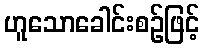
ဟူသောခေါင်းစဉ်ဖြင့်